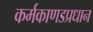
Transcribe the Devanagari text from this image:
कर्मकाणडप्रधान